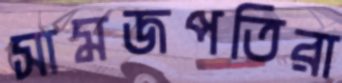
সামজপতিরা